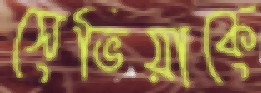
সেভিয়াকে